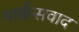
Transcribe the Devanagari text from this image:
मार्कसवाद